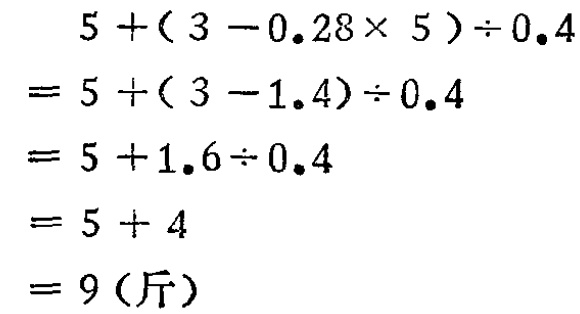
\[
\begin{align*}
&5+(3 - 0.28\times5)\div0.4\\
=&5+(3 - 1.4)\div0.4\\
=&5 + 1.6\div0.4\\
=&5 + 4\\
=&9(\text{斤})
\end{align*}
\]